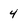
Character: 4